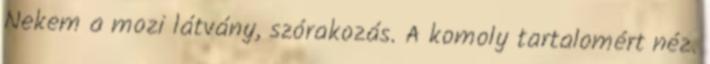
Nekem a mozi látvány, szórakozás. A komoly tartalomért néz.